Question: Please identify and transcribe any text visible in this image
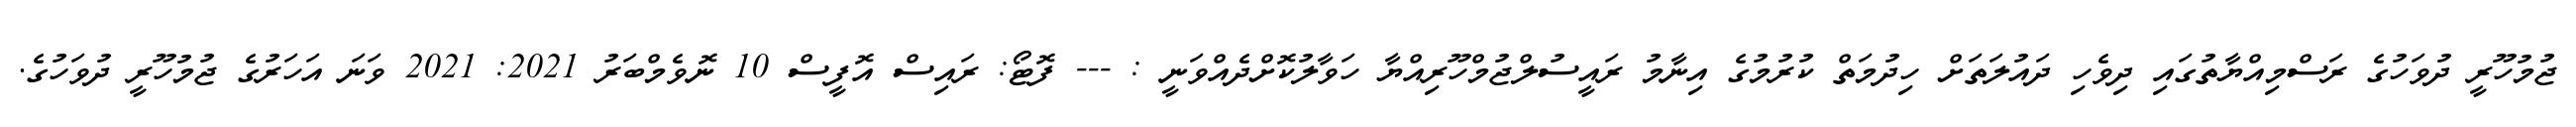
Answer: ޖުމުހޫރީ ދުވަހުގެ ރަސްމިއްޔާތުގައި ދިވެހި ދައުލަތަށް ހިދުމަތް ކުރުމުގެ އިނާމު ރައީސުލްޖުމްހޫރިއްޔާ ހަވާލުކޮށްދެއްވަނީ : --- ފޮޓޯ: ރައިސް އޮފީސް 10 ނޮވެމްބަރު 2021: 2021 ވަނަ އަހަރުގެ ޖުމުހޫރީ ދުވަހުގެ.